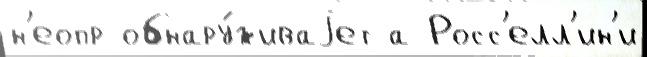
н'еопр обнару́живаjет а Росс'елл'ин'и